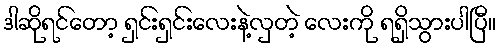
ဒါဆိုရင်တော့ ရှင်းရှင်းလေးနဲ့လှတဲ့ လေးကို ရရှိသွားပါပြီ။